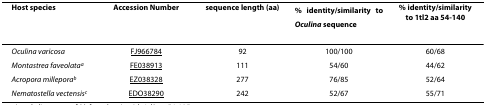
| Host species | Accession Number | sequence length (aa) | % identity/similarity to Oculina sequence | % identity/similarity to 1tl2 aa 54-140 |
 | --- | --- | --- | --- | --- |
 | Oculina varicosa | FJ966784 | 92 | 100/100 | 60/68 |
 | Montastrea faveolataa | FE038913 | 111 | 54/60 | 44/62 |
 | Acropora milleporab | EZ038328 | 277 | 76/85 | 52/64 |
 | Nematostella vectensisc | EDO38290 | 242 | 52/67 | 55/71 |